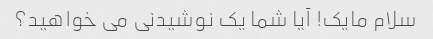
سلام مایک! آیا شما یک نوشیدنی می خواهید؟